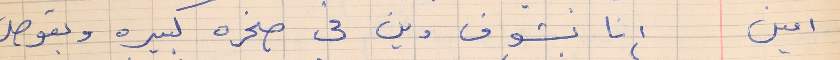
امين       انا بشوف وين في صخره كبيره وبقوص